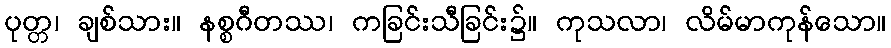
ပုတ္တ၊ ချစ်သား။ နစ္စဂီတဿ၊ ကခြင်းသီခြင်း၌။ ကုသလာ၊ လိမ်မာကုန်သော။